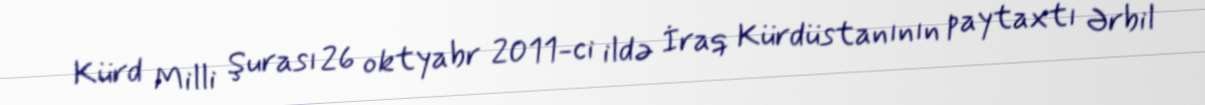
Kürd Milli Şurası 26 oktyabr 2011-ci ildə İraq Kürdüstanının paytaxtı Ərbil